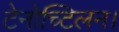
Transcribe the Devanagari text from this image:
टेनोच्टिलन।